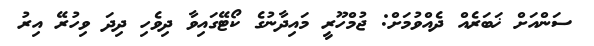
ސަންއަށް ޚަބަރެއް ދެއްވުމަށް: ޖުމްހޫރީ މައިދާނުގެ ކޯޓޭގައިވާ ދިވެހި ދިދަ ވިހުރޭ އިރު